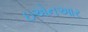
ઇએનઆર